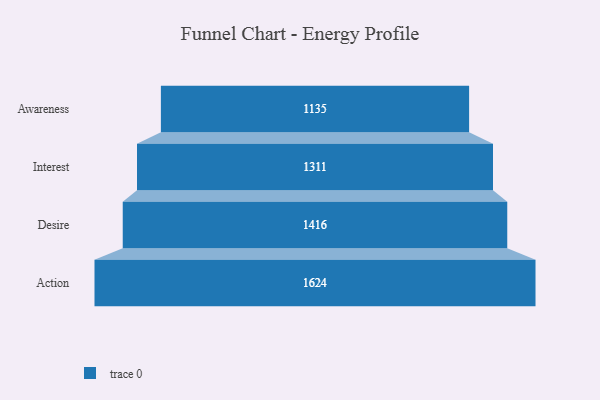
{"axis": {"x": "Stage", "y": "Value"}, "legend": [""], "data": [{"x": "Awareness", "y": 1135.0, "type": ""}, {"x": "Interest", "y": 1311.0, "type": ""}, {"x": "Desire", "y": 1416.0, "type": ""}, {"x": "Action", "y": 1624.0, "type": ""}]}